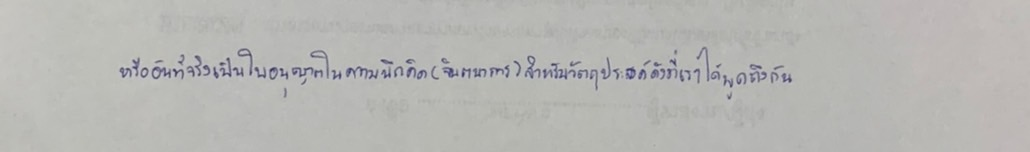
หรืออันที่จริงเป็นใบอนุญาตในความนึกคิด(จินตนาการ)สำหรับวัตถุประสงค์ดังที่เราได้พูดถึงกัน